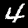
Digit: 4